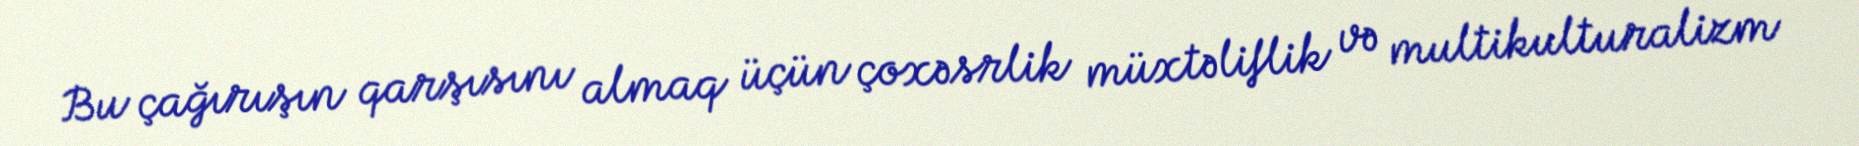
Bu çağırışın qarşısını almaq üçün çoxəsrlik müxtəliflik və multikulturalizm